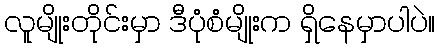
လူမျိုးတိုင်းမှာ ဒီပုံစံမျိုးက ရှိနေမှာပါပဲ။